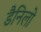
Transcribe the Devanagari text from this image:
डैनिलो